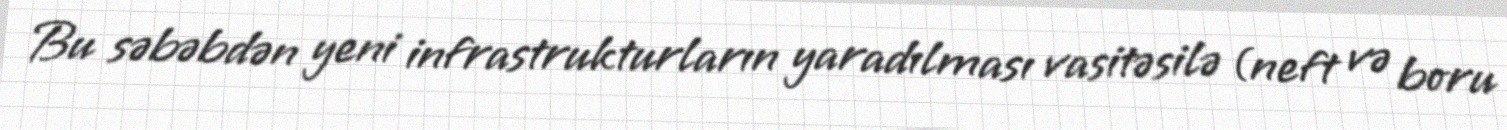
Bu səbəbdən yeni infrastrukturların yaradılması vasitəsilə (neft və boru